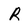
Character: R